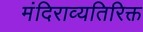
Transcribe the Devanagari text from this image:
मंदिराव्यतिरिक्त